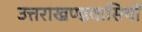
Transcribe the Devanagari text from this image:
उत्तराखण्डवासियों